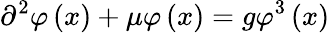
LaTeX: \partial^{2}\varphi\left(x\right)+\mu\varphi\left(x\right)=g\varphi^{3}\left(x\right)